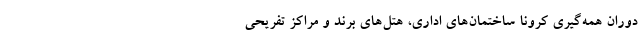
دوران همه‌گیری کرونا ساختمان‌های اداری، هتل‌های برند و مراکز تفریحی